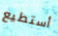
أستطيع